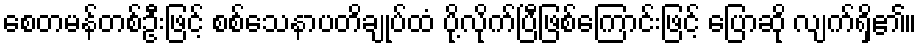
စေတမန်တစ်ဦးဖြင့် စစ်သေနာပတိချုပ်ထံ ပို့လိုက်ပြီဖြစ်ကြောင်းဖြင့် ပြောဆို လျက်ရှိ၏။